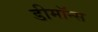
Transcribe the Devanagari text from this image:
डीमॉन्स